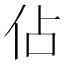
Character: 佔